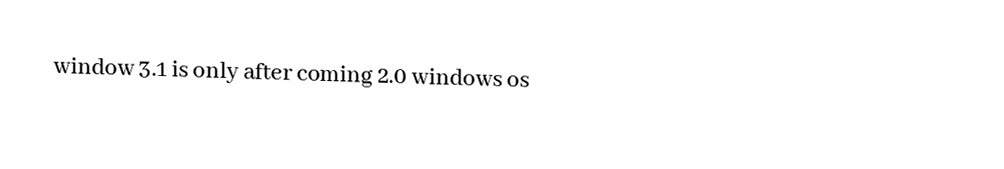
window 3.1 is only after coming 2.0 windows os